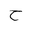
Letter: _ha